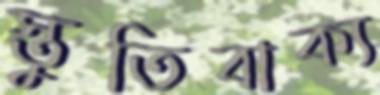
স্তুতিবাক্য